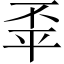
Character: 𢆓